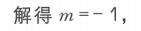
解得$m = - 1$，